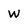
Character: W